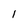
Character: 1